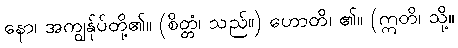
နော၊ အကျွန်ုပ်တို့၏။ (စိတ္တံ၊ သည်။) ဟောတိ၊ ၏။ (ဣတိ၊ သို့။